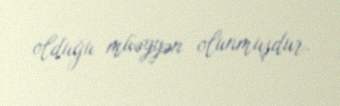
olduğu müəyyən olunmuşdur.